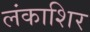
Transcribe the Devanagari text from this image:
लंकाशिर